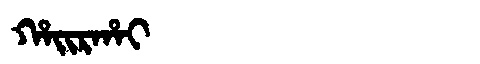
Manchu: ᡥᠠᡳᡵᡥᠠᡳ
Romanization: HAIRHAI